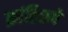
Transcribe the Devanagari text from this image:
क्रांतिरूपे